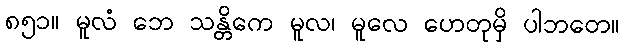
၈၅၁။ မူလံ ဘေ သန္တိကေ မူလ၊ မူလေ ဟေတုမှိ ပါဘတေ။